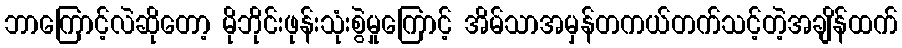
ဘာကြောင့်လဲဆိုတော့ မိုဘိုင်းဖုန်းသုံးစွဲမှုကြောင့် အိမ်သာအမှန်တကယ်တက်သင့်တဲ့အချိန်ထက်